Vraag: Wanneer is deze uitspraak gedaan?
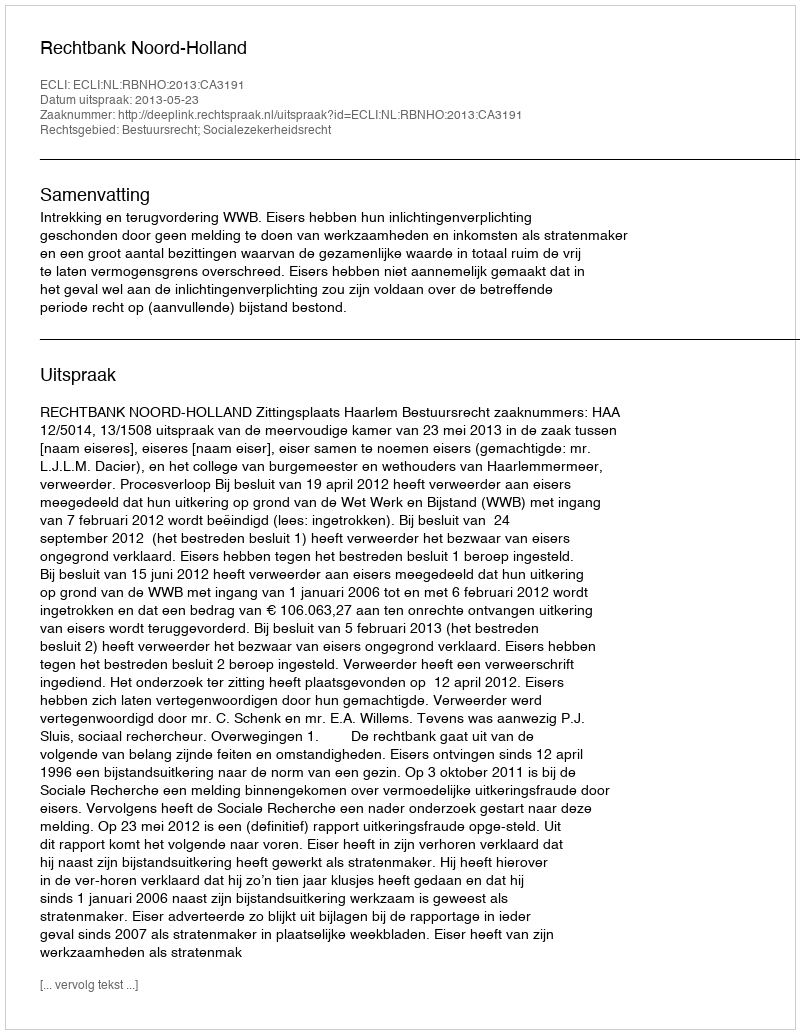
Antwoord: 2013-05-23